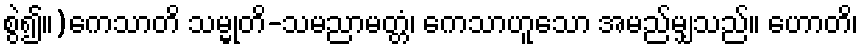
စွဲ၍။)ကေသာတိ သမ္မုတိ-သမညာမတ္တံ၊ ကေသာဟူသော အမည်မျှသည်။ ဟောတိ၊